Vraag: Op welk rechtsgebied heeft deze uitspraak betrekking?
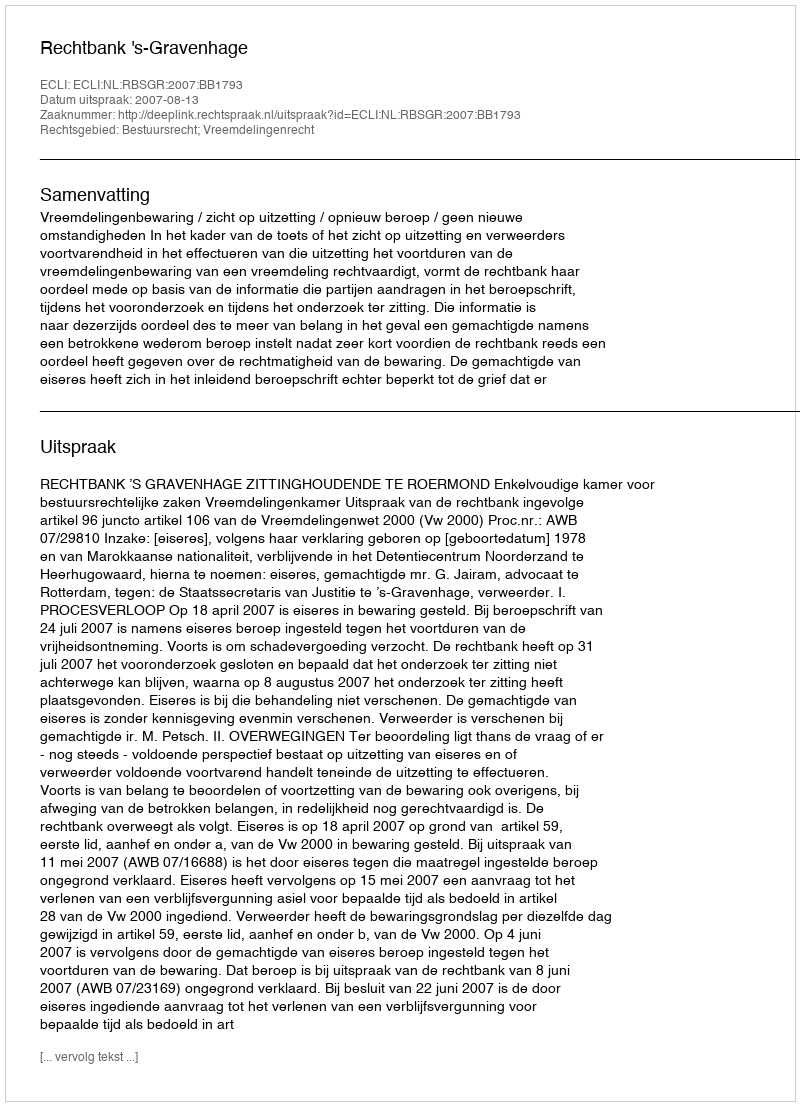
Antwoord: Bestuursrecht; Vreemdelingenrecht